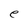
Character: e